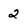
Character: 2